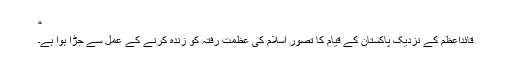
“
قائداعظمؒ کے نزدیک پاکستان کے قیام کا تصور اسلام کی عظمت رفتہ کو زندہ کرنے کے عمل سے جُڑا ہوا ہے۔